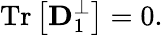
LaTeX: {\displaystyle\mathrm{Tr}\left[{\mathbf D}_{1}^{\perp}\right]=0}.